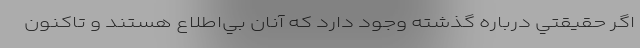
اگر حقيقتي درباره گذشته وجود دارد كه آنان بي‌اطلاع هستند و تاكنون